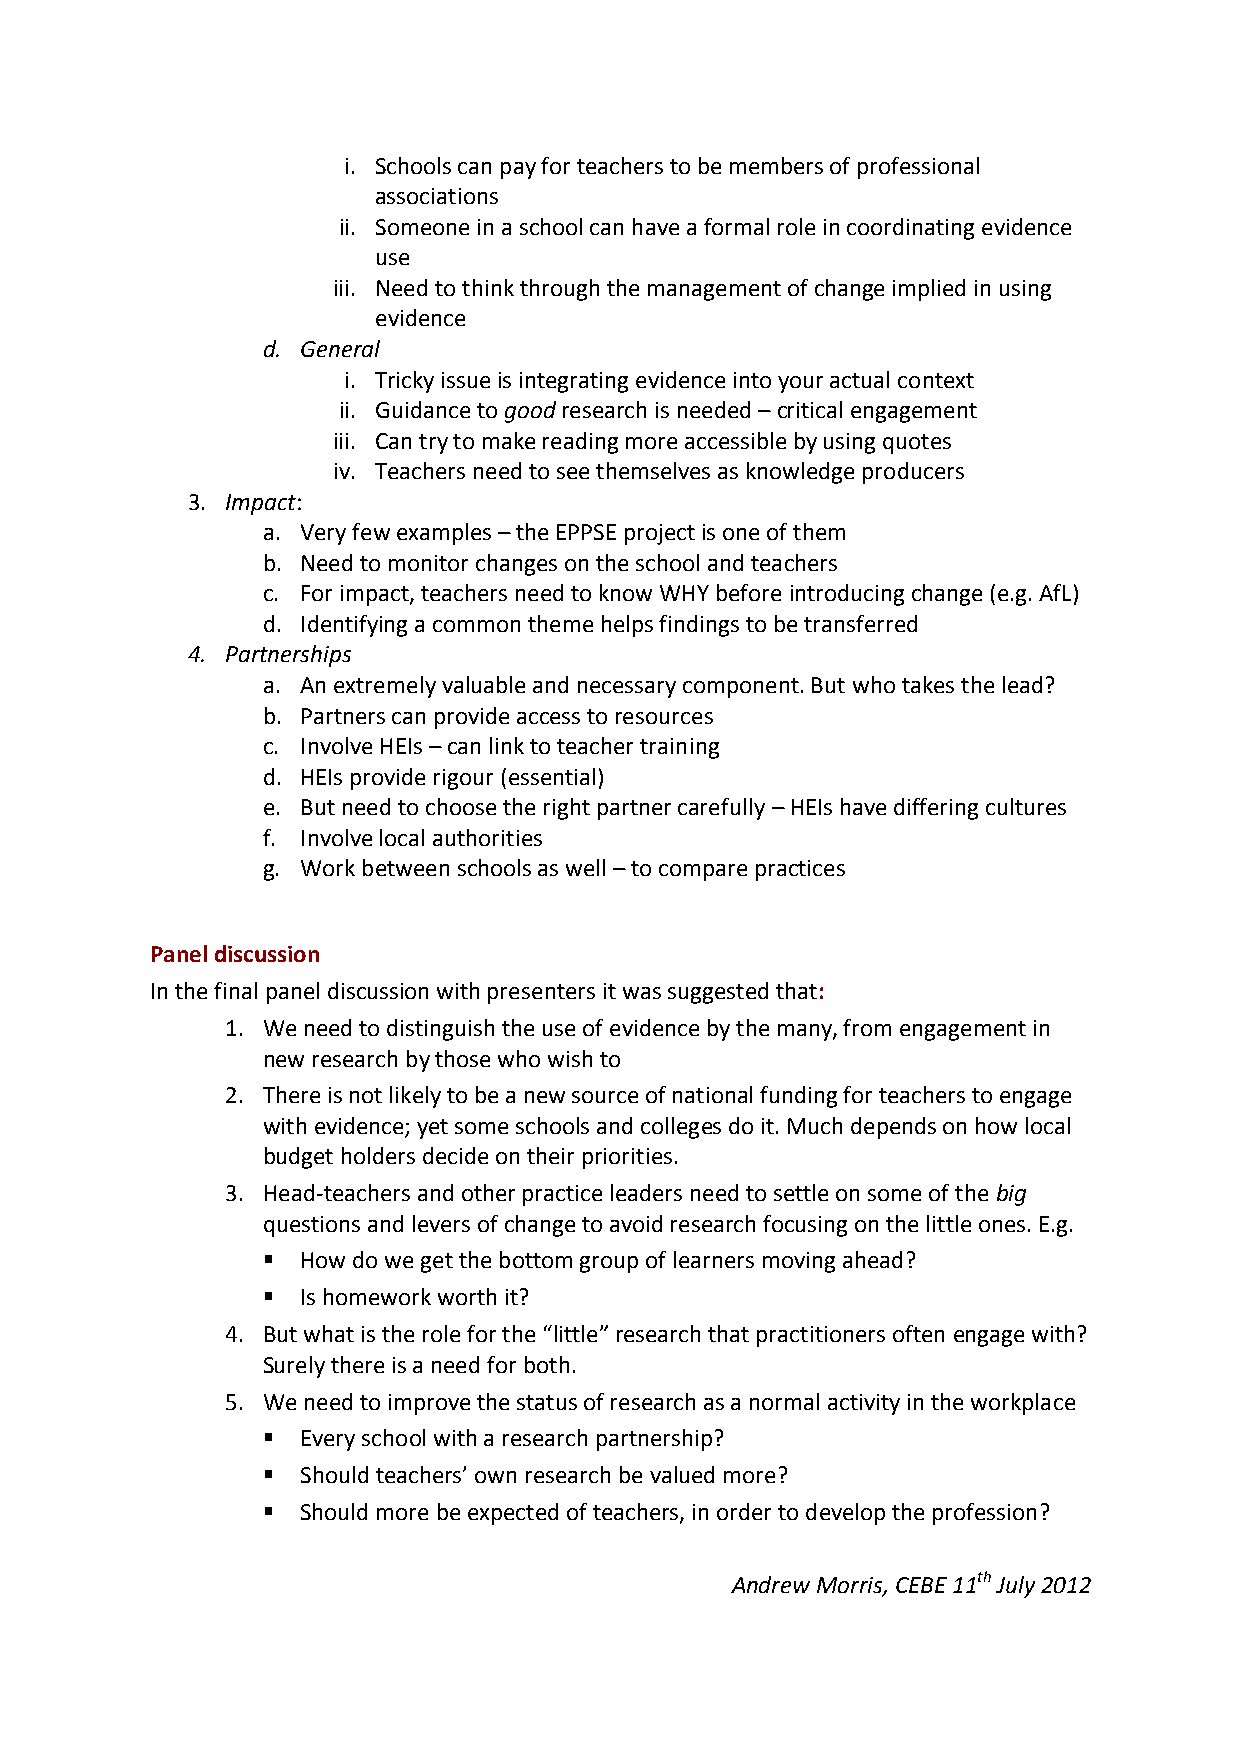
i. Schools can pay for teachers to be members of professional
 associations
 ii. Someone in a school can have a formal role in coordinating evidence
 use
 iii. Need to think through the management of change implied in using
 evidence
 d. General
 i. Tricky issue is integrating evidence into your actual context
 ii. Guidance to good research is needed – critical engagement
 iii. Can try to make reading more accessible by using quotes
 iv. Teachers need to see themselves as knowledge producers
 3. Impact:
 a. Very few examples – the EPPSE project is one of them
 b. Need to monitor changes on the school and teachers
 c. For impact, teachers need to know WHY before introducing change (e.g. AfL)
 d. Identifying a common theme helps findings to be transferred
 4. Partnerships
 a. An extremely valuable and necessary component. But who takes the lead?
 b. Partners can provide access to resources
 c. Involve HEIs – can link to teacher training
 d. HEIs provide rigour (essential)
 e. But need to choose the right partner carefully – HEIs have differing cultures
 f. Involve local authorities
 g. Work between schools as well – to compare practices
 Panel discussion
 In the final panel discussion with presenters it was suggested that:
 1. We need to distinguish the use of evidence by the many, from engagement in
 new research by those who wish to
 2. There is not likely to be a new source of national funding for teachers to engage
 with evidence; yet some schools and colleges do it. Much depends on how local
 budget holders decide on their priorities.
 3. Head-teachers and other practice leaders need to settle on some of the big
 questions and levers of change to avoid research focusing on the little ones. E.g.
   How do we get the bottom group of learners moving ahead?
   Is homework worth it?
 4. But what is the role for the “little” research that practitioners often engage with?
 Surely there is a need for both.
 5. We need to improve the status of research as a normal activity in the workplace
   Every school with a research partnership?
   Should teachers’ own research be valued more?
   Should more be expected of teachers, in order to develop the profession?
 Andrew Morris, CEBE 11th July 2012